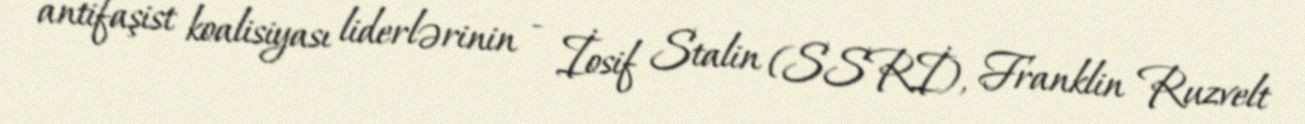
antifaşist koalisiyası liderlərinin - İosif Stalin (SSRİ), Franklin Ruzvelt